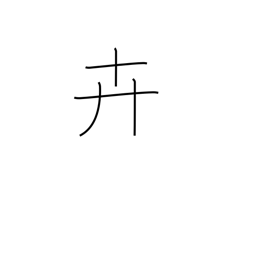
Meaning: grass